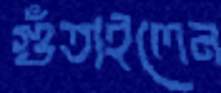
গুঁতাইলেন